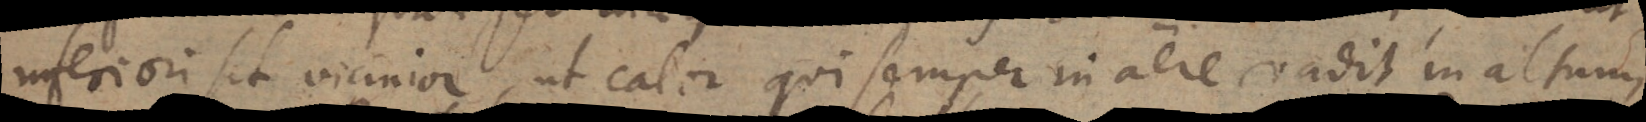
inferiori sit vicinior, ut calor qui semper in aere vadit in altum,